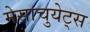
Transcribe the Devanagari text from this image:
मेसाचुयेट्स